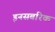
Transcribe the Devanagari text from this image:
इनसबरिक